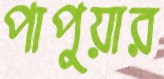
পাপুয়ার